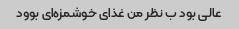
عالی بود ب نظر من غذای خوشمزه‌ای بوود